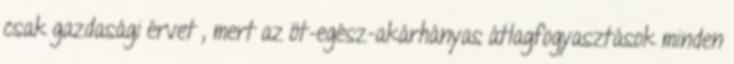
csak gazdasági érvet , mert az öt-egész-akárhányas átlagfogyasztások minden